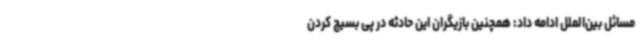
مسائل بین‌الملل ادامه داد: همچنین بازیگران این حادثه در پی بسیج کردن